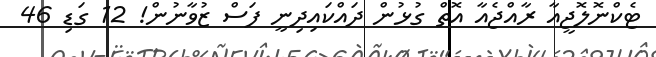
ޓެކްނޮލޮޖީއާ ރާއްޖެއާ އޮތް ގުޅުން ދައްކައިދިނީ ފަސް ޒުވާނުން! 12 ގަޑި 46